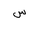
Letter: _sin